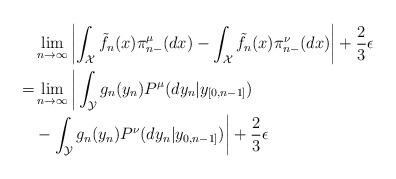
LaTeX: \begin{align*}&\lim_{n \to \infty}\left|\int_{\mathcal{X}}\tilde{f}_{n}(x)\pi_{n-}^{\mu}(dx)-\int_{\mathcal{X}}\tilde{f}_{n}(x)\pi_{n-}^{\nu}(dx) \right|+\frac{2}{3}\epsilon\\=&\lim_{n \to \infty} \bigg|\int_{\mathcal{Y}}g_{n}(y_{n})P^{\mu}(dy_{n}|y_{[0,n-1]}) \\& -\int_{\mathcal{Y}}g_{n}(y_{n})P^{\nu}(dy_{n}|y_{0,n-1]}) \bigg| +\frac{2}{3}\epsilon\end{align*}